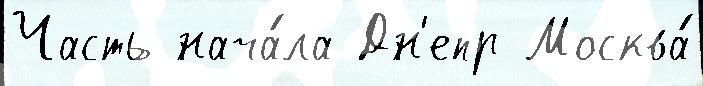
Часть нача́ла Дн'епр Москва́